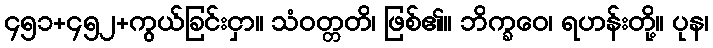
၄၅၁+၄၅၂+ကွယ်ခြင်းငှာ။ သံဝတ္တတိ၊ ဖြစ်၏။ ဘိက္ခဝေ၊ ရဟန်းတို့။ ပုန၊